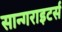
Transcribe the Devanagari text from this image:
सान्गराइटर्स